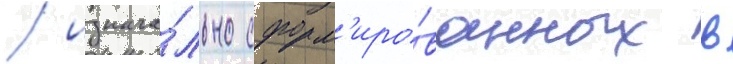
/ изнача́льно сформ'иро́ванных в